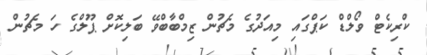
ކްރިކެޓް ވޯލްޑް ކަޕްގައި މިއަދުގެ މެޗުން ޒިމްބާބްވޭ ބަލިކޮށް ޕޫލްގެ ހަ މެޗުން